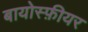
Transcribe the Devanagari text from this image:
बायोस्फ़ीयर